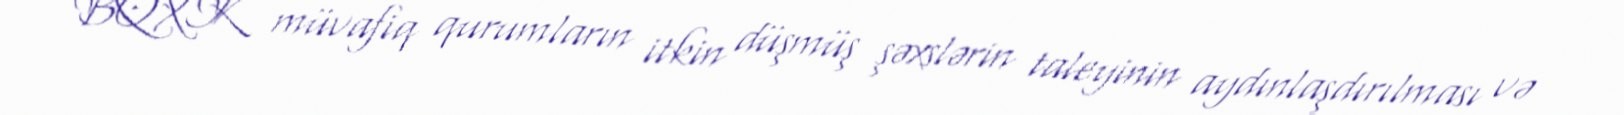
BQXK müvafiq qurumların itkin düşmüş şəxslərin taleyinin aydınlaşdırılması və